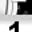
Digit: 1